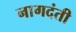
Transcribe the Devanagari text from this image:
नागदंती